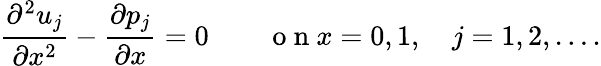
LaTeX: \frac{\partial^{2}u_{j}}{\partial x^{2}}-\frac{\partial p_{j}}{\partial x}=0\qquad\mathrm{~o~n~}x=0,1,\quad j=1,2,\dots.